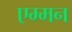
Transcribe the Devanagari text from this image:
एम्मन